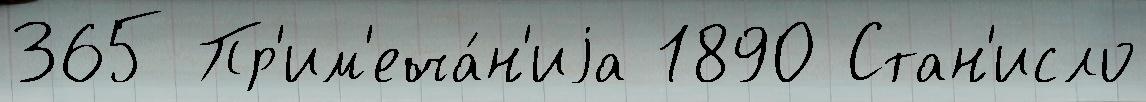
365 Пр'им'еча́н'иjа 1890 Стан'исло